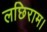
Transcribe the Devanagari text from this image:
लछिराम।